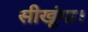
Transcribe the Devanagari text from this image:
सीखूंगा।